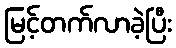
မြင့်တက်လာခဲ့ပြီး